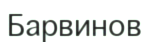
Барвинов